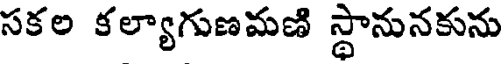
సకల కల్యాగుణమణి స్థానునకును